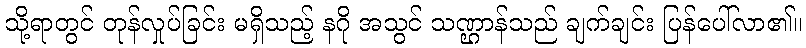
သို့ရာတွင် တုန်လှုပ်ခြင်း မရှိသည့် နဂို အသွင် သဏ္ဌာန်သည် ချက်ချင်း ပြန်ပေါ်လာ၏။